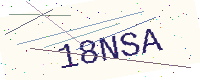
Text: 18NSA